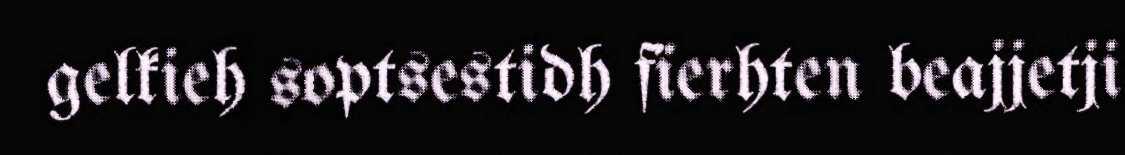
gelkieh soptsestidh fïerhten beajjetji